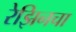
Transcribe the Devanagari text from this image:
रेझिनचा